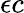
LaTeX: \epsilon c